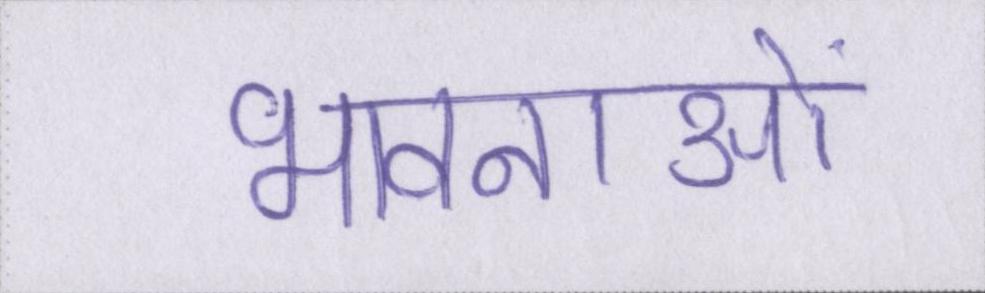
भावनाओं